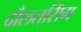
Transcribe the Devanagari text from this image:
दौलतसिंग